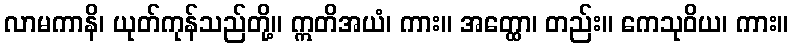
လာမကာနိ၊ ယုတ်ကုန်သည်တို့။ ဣတိအယံ၊ ကား။ အတ္ထော၊ တည်း။ ကေသုဝိယ၊ ကား။